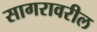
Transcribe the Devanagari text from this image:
सागरावरील